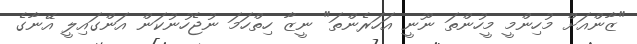
"ޒާންއަށް މުހިންމީ މީހުންތަ ނޫނީ އަހަރެންތަ" ނީޒާ ހިތްހަމަ ނުޖެހުނުކަން އަންގައިލީ އޭނާގެ